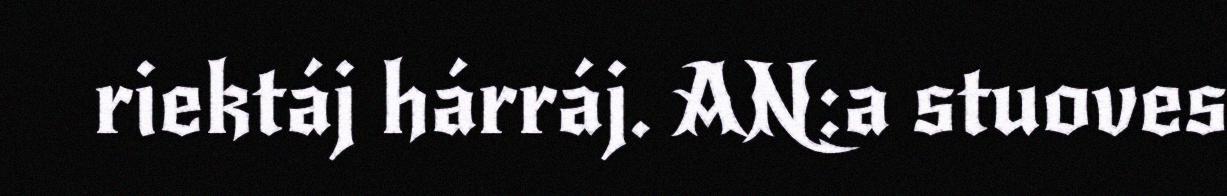
riektáj hárráj. AN:a stuoves